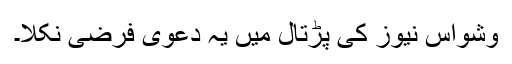
وشواس نیوز کی پڑتال میں یہ دعوی فرضی نکلا۔